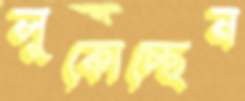
লুকোচ্ছেন